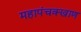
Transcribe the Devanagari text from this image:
महापंचक्खाण